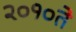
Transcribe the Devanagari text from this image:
२०१०ते